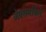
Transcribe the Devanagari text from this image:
जेक्सनविले